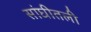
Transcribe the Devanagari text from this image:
सांघीतली